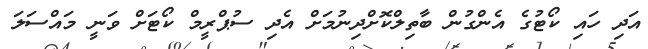
އަދި ހައި ކޯޓުގެ އެންގުން ބާތިލްކޮށްދިނުމަށް އެދި ސުޕްރީމް ކޯޓަށް ވަނީ މައްސަލަ